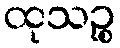
ထုသဉ္စ